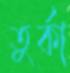
তুর্কা